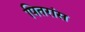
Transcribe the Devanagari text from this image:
पितरांस